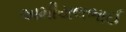
અમીયલભાઈ